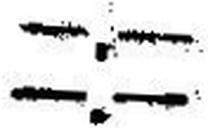
—.—